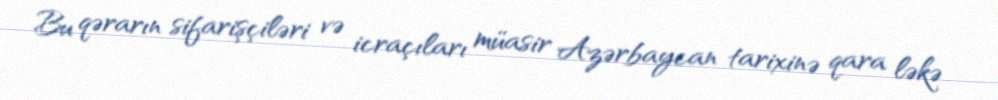
Bu qərarın sifarişçiləri və icraçıları müasir Azərbaycan tarixinə qara ləkə